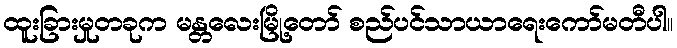
ထူးခြားမှုတခုက မန္တလေးမြို့တော် စည်ပင်သာယာရေးကော်မတီပါ။